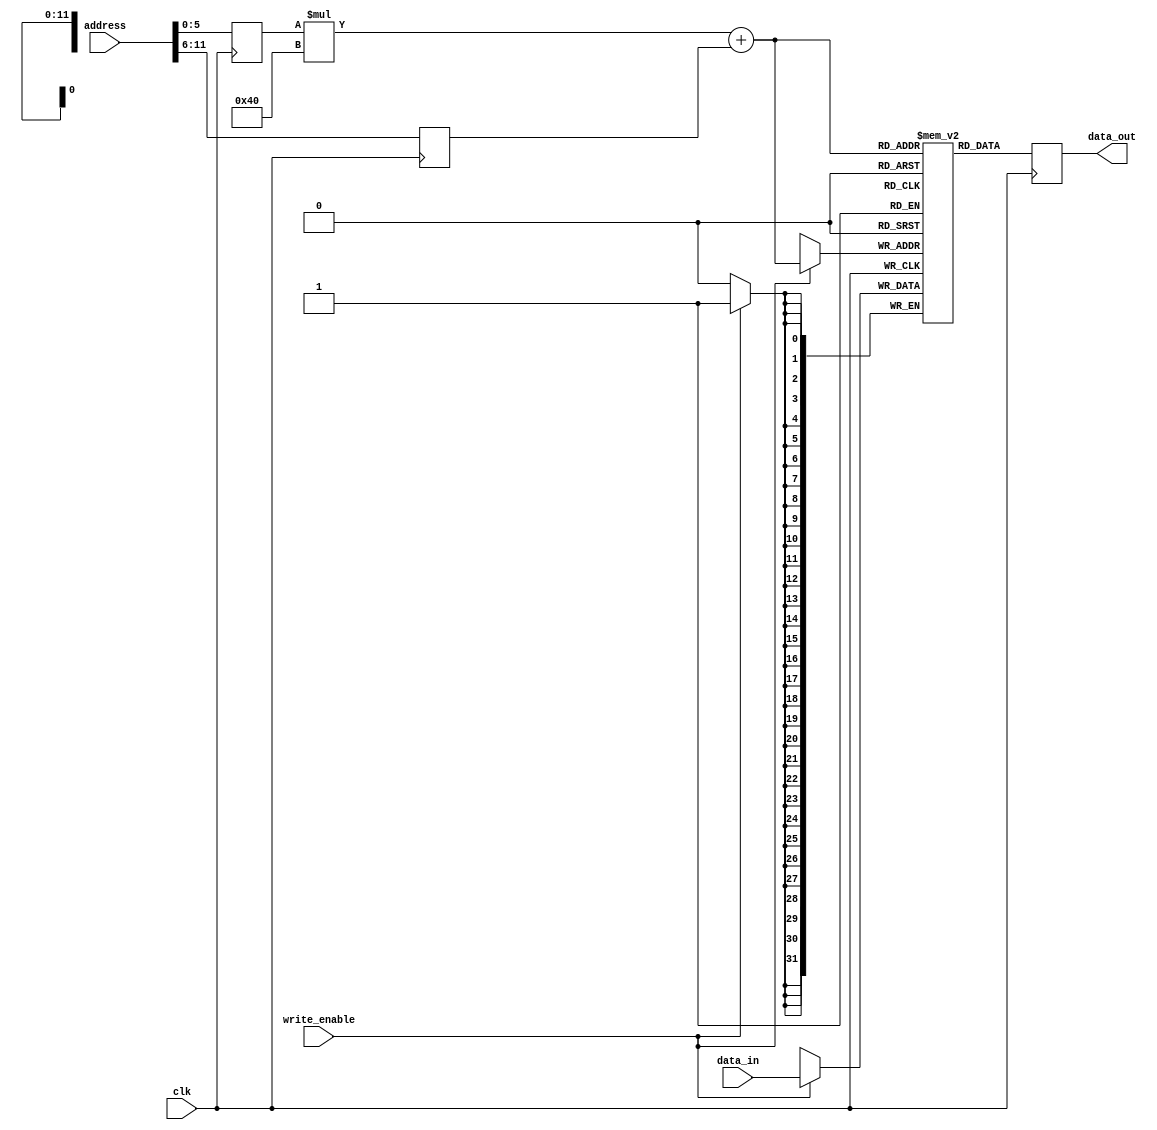
module MemoryBlocks (
    input wire clk,
    input wire [31:0] address,
    input wire [31:0] data_in,
    input wire write_enable,
    output wire [31:0] data_out
);

// Parameters for memory block configuration
parameter MEM_ROWS = 64;
parameter MEM_COLS = 64;

// Memory block array
reg [31:0] memory [MEM_ROWS-1:0][MEM_COLS-1:0];

// Address decoding logic
reg [5:0] row_address;
reg [5:0] col_address;

always @(posedge clk) begin
    row_address <= address[5:0];
    col_address <= address[11:6];
end

// Data multiplexing and demultiplexing logic
reg [31:0] temp_data_out;

always @(posedge clk) begin
    if (write_enable) begin
        memory[row_address][col_address] <= data_in;
    end
    temp_data_out <= memory[row_address][col_address];
end

assign data_out = temp_data_out;

endmodule